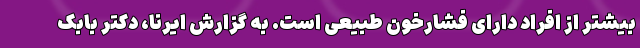
بیشتر از افراد دارای فشارخون طبیعی است. به گزارش ایرنا، دکتر بابک